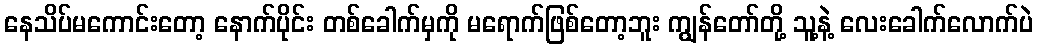
နေသိပ်မကောင်းတော့ နောက်ပိုင်း တစ်ခေါက်မှကို မရောက်ဖြစ်တော့ဘူး ကျွန်တော်တို့ သူ့နဲ့ လေးခေါက်လောက်ပဲ